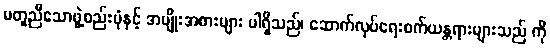
မတူညီသောဖွဲ့စည်းပုံနှင့် အမျိုးအစားများ ပါရှိသည်၊ ဆောက်လုပ်ရေးစက်ယန္တရားများသည် ကို